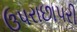
ઉપરાછાપરી